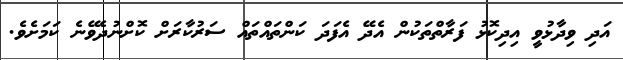
އަދި ވިދާޅުވީ އިދިކޮޅު ފަރާތްތަކުން އެދޭ އެފަދަ ކަންތައްތައް ސަރުކާރަށް ކޮށްނުދެވޭނެ ކަމަށެވެ.